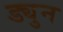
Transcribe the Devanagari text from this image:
ड्युन